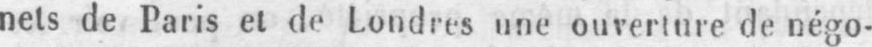
nets de Paris et de Londres une ouverture de négo-